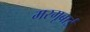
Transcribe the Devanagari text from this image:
मरगूबाई